画像に写った文字を読んでください
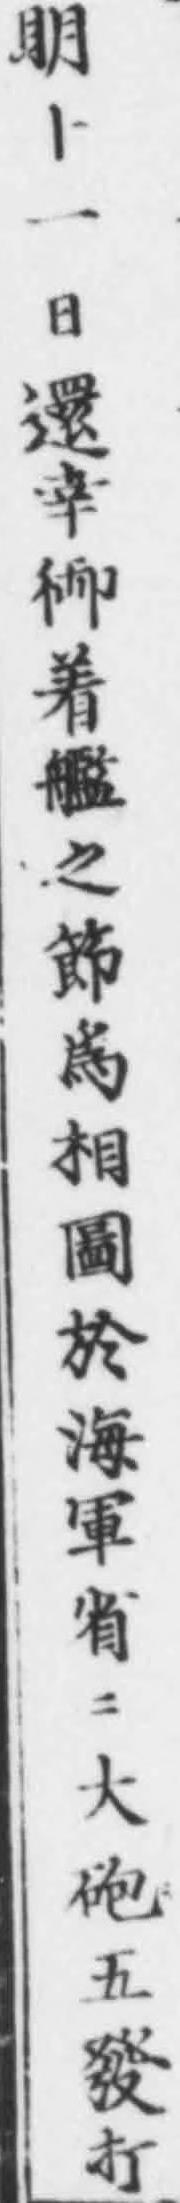
「眀十一日還幸御着艦之節爲相圖於海軍省ニ大砲五發打」と書いてあります